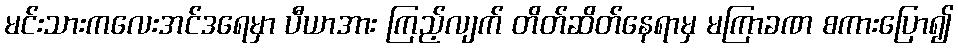
မင်းသားကလေးအင်ဒရေမှာ ပီယာအား ကြည့်လျက် တိတ်ဆိတ်နေရာမှ မကြာခဏ စကားပြော၍